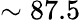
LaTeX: \sim 87.5